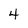
Character: 4